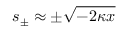
s _ { \pm } \approx \pm \sqrt { - 2 \kappa x }